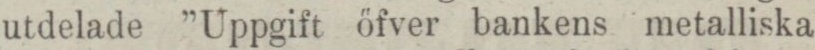
utdelade ”Uppgift öfver bankens metalliska